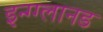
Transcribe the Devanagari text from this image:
इन्ग्ग्लानड